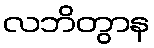
လဘိတွာန